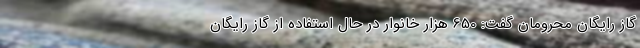
گاز رایگان محرومان گفت: 650 هزار خانوار در حال استفاده از گاز رایگان